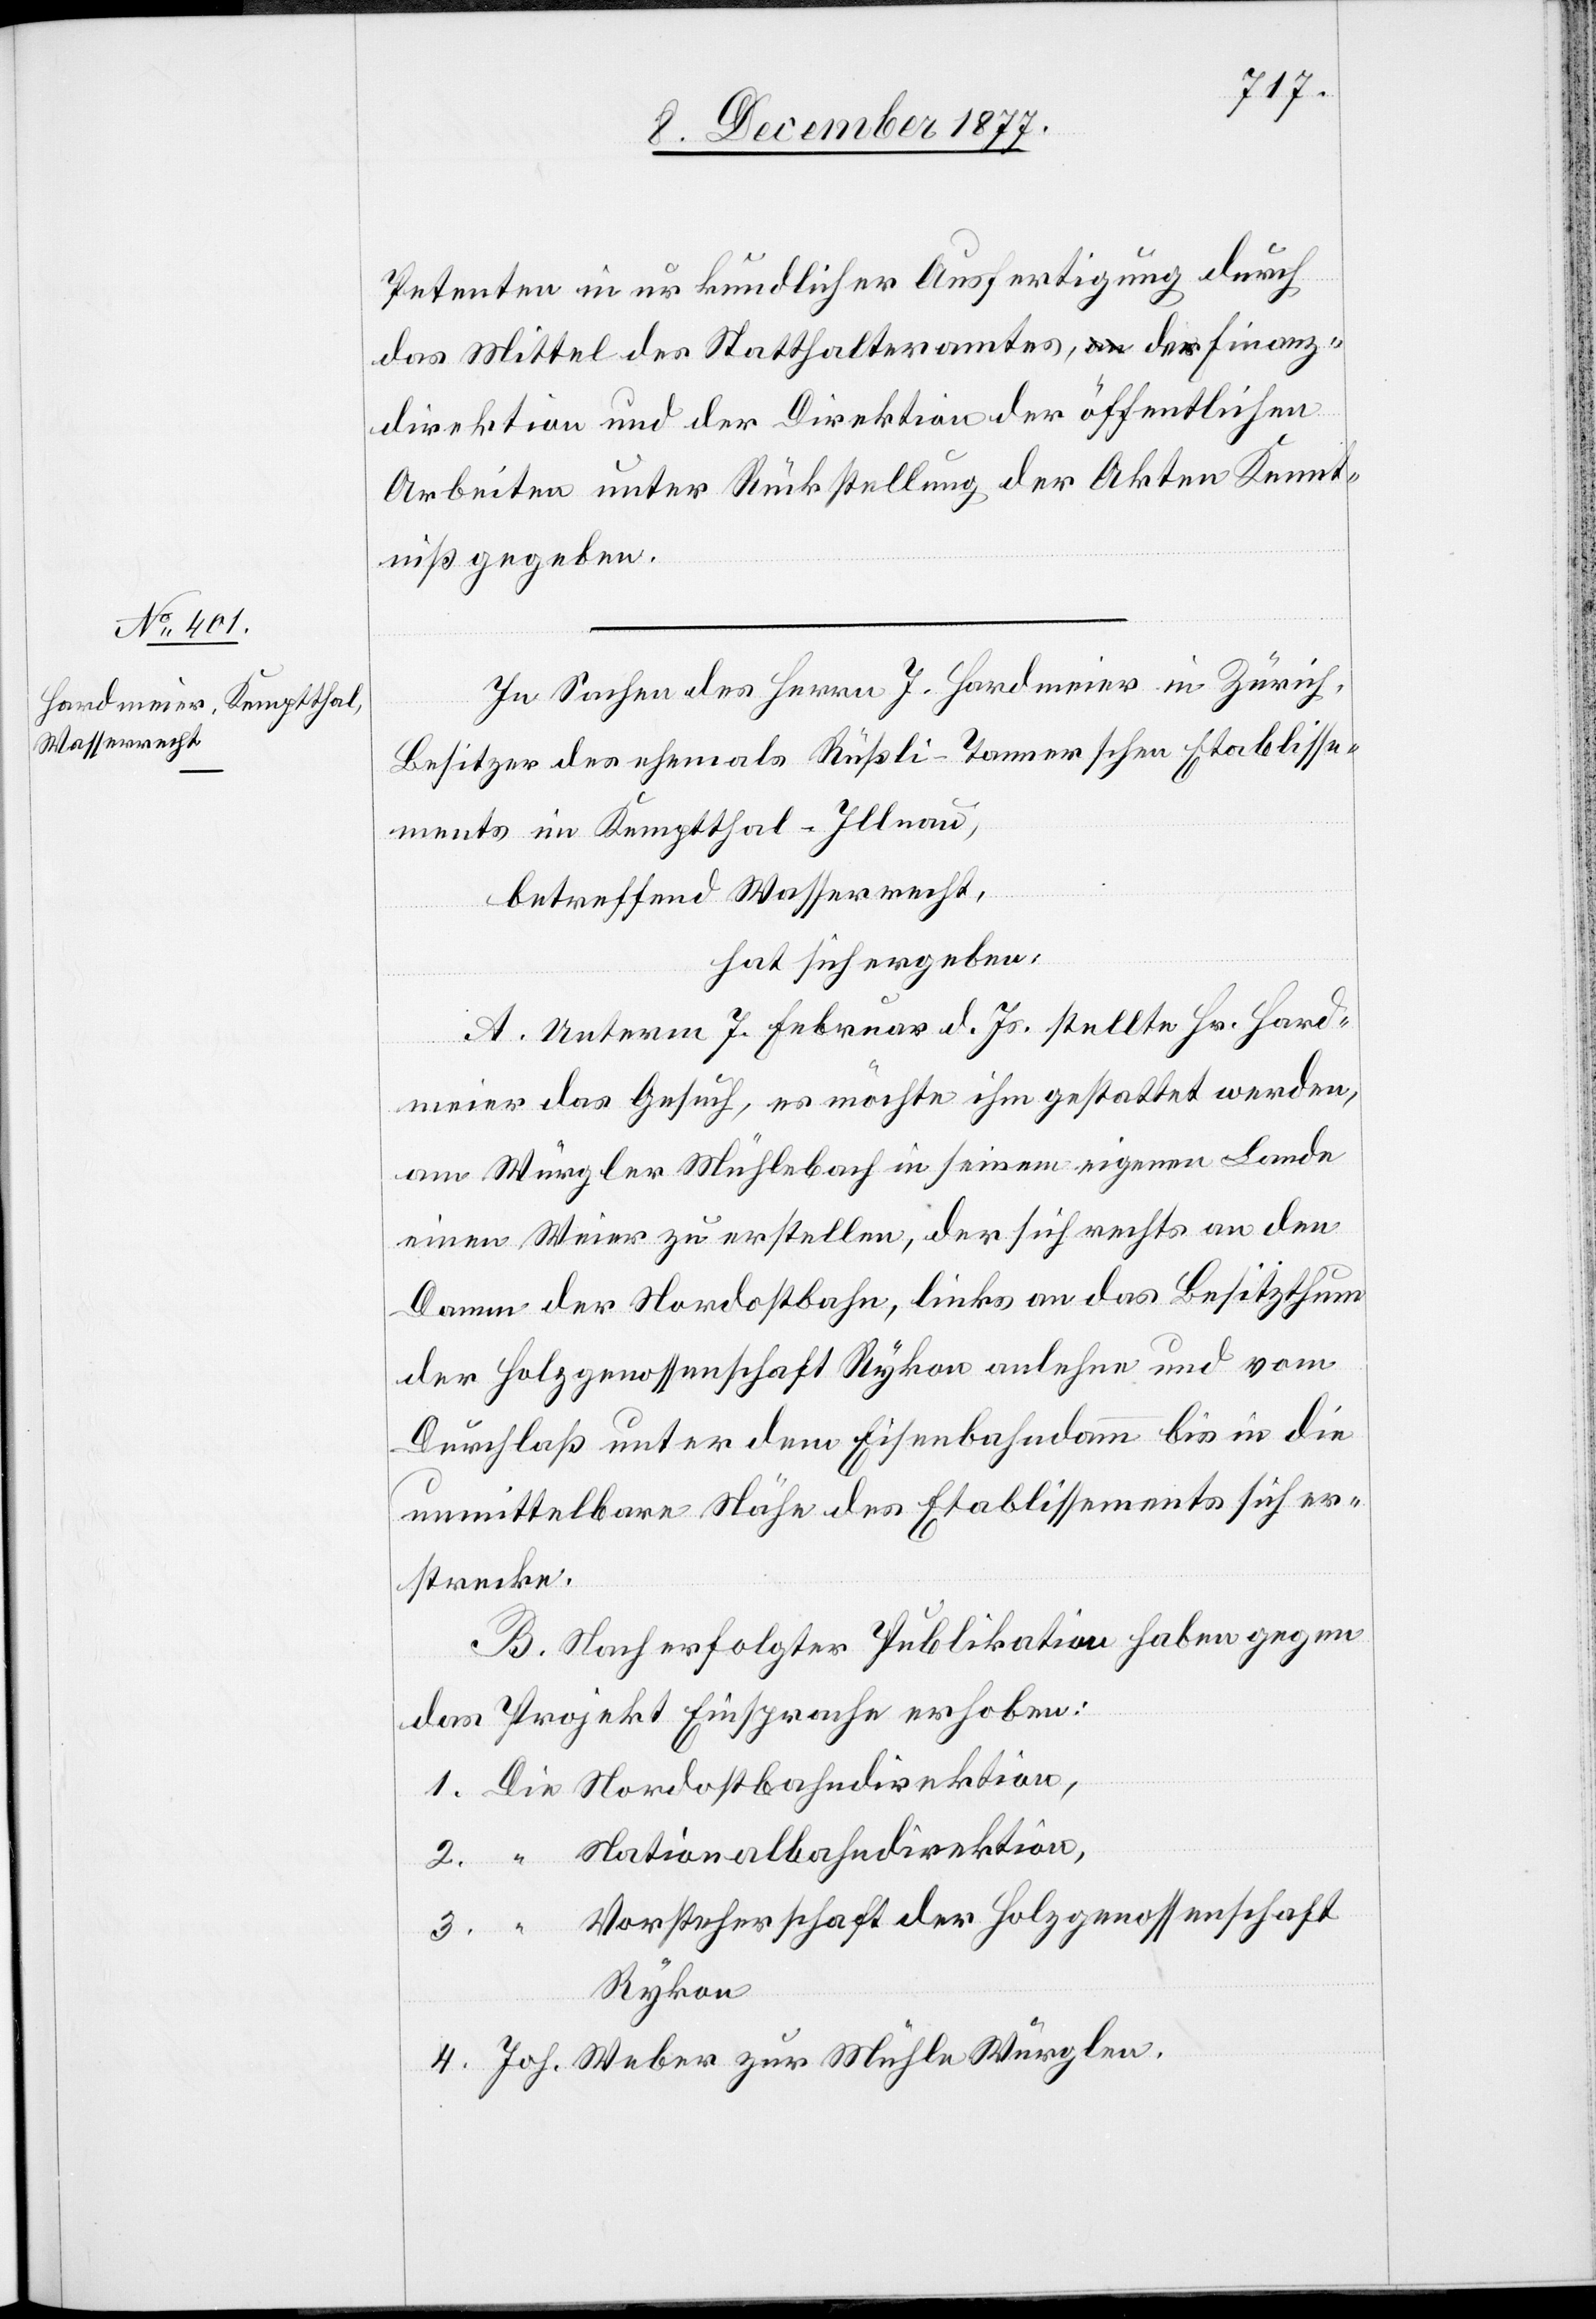
Petenten in urkundlicher Ausfertigung durch
das Mittel des Statthalteramtes, der Finanz¬
direktion und der Direktion der öffentlichen
Arbeiten unter Rückstellung der Akten Kennt¬
niß gegeben.
In Sachen des Herrn J. Hardmeier in Zürich,
Besitzer des ehemals Rüßli-Tannerschen Etablisse¬
ments im Kemptthal - Illnau,
betreffend Wasserrecht,
hat sich ergeben:
A. Unterm 7. Februar d. Js. stellte Hr. Hard¬
meier das Gesuch, es möchte ihm gestattet werden,
am Würgler Mühlebach in seinem eigenen Lande
einen Weier zu erstellen, der sich rechts an den
Damm der Nordostbahn, links an das Besitzthum
der Holzgenossenschaft Rykon anlehne und vom
Durchlaß unter dem Eisenbahndamm bis in die
unmittelbare Nähe des Etablissements sich er¬
strecke.
B. Nach erfolgter Publikation haben gegen
das Projekt Einsprache erhoben:
1. Die Nordostbahndirektion,
2. “ Nationalbahndirektion,
3. “ Vorsteherschaft der Holzgenossenschaft
Rykon
4. Joh. Weber zur Mühle Würglen.